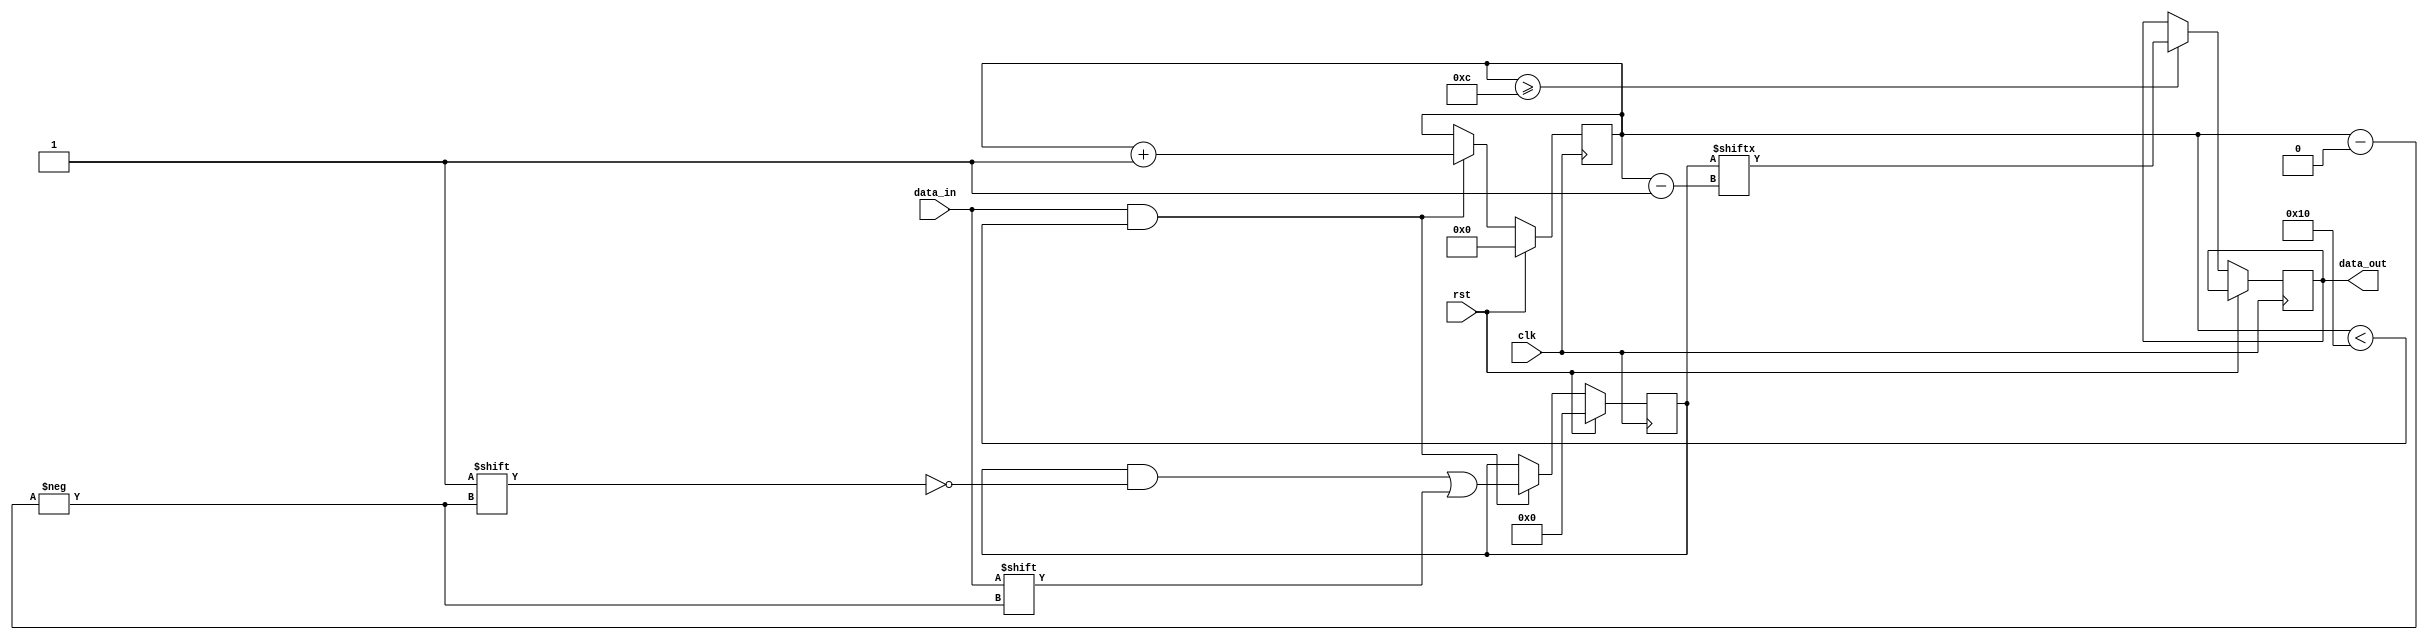
module AlmostFullFIFO (
    input wire clk,          // Clock input
    input wire rst,          // Reset input
    input wire data_in,      // Data input
    output reg data_out      // Data output
);

parameter FIFO_DEPTH = 16;  // Depth of FIFO buffer
parameter ALMOST_FULL_THRESHOLD = (FIFO_DEPTH * 3) / 4; // Threshold for almost-full state

reg [FIFO_DEPTH - 1:0] fifo; // FIFO buffer

reg [4:0] count; // Counter to track number of elements in FIFO buffer

always @(posedge clk) begin
    if (rst) begin
        fifo <= 0;
        count <= 0;
    end else begin
        if (data_in && count < FIFO_DEPTH) begin
            fifo[count] <= data_in;
            count <= count + 1;
        end
        
        if (count >= ALMOST_FULL_THRESHOLD) begin
            data_out <= fifo[count - 1];
        end
    end
end

endmodule